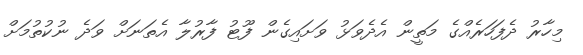
މިހާރު ދެފަހަރެއްގެ މަތީން އެދެވަޅު ވަށައިގެން ފޫޓު ފާރުލާ އެތަނަށް ވަދެ ނުކުތުމަށް